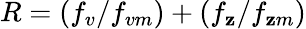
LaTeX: R=(f_{v}/f_{vm})+(f_{\mathbf{z}}/f_{\mathbf{z}m})